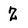
Character: 2